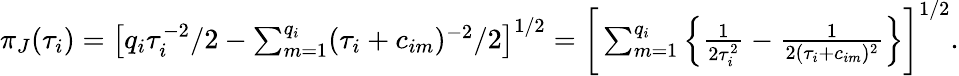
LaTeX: \begin{array}{r}{\pi_{J}(\tau_{i})=\big[q_{i}\tau_{i}^{-2}/2-\sum_{m=1}^{q_{i}}(\tau_{i}+c_{im})^{-2}/2\big]^{1/2}=\bigg[\sum_{m=1}^{q_{i}}\Big\{ \frac{1}{2\tau_{i}^{2}}-\frac{1}{2(\tau_{i}+c_{im})^{2}}\Big\} \bigg]^{1/2}.}\end{array}